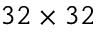
3 2 \times 3 2